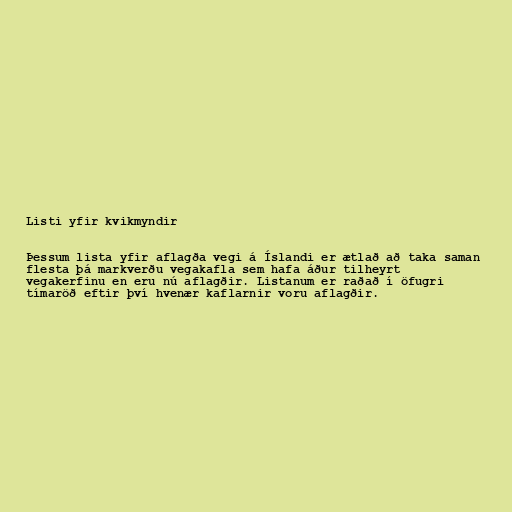
Listi yfir kvikmyndir

Þessum lista yfir aflagða vegi á Íslandi er ætlað að taka saman
flesta þá markverðu vegakafla sem hafa áður tilheyrt
vegakerfinu en eru nú aflagðir. Listanum er raðað í öfugri
tímaröð eftir því hvenær kaflarnir voru aflagðir.